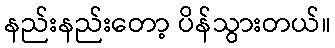
နည်းနည်းတော့ ပိန်သွားတယ်။